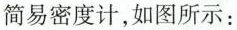
简易密度计，如图所示：